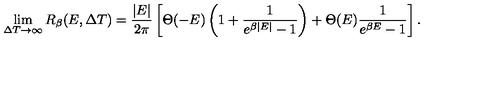
\lim _ { \Delta T \rightarrow \infty } R _ { \beta } ( E , \Delta T ) = \frac { | E | } { 2 \pi } \left[ \Theta ( - E ) \left( 1 + \frac { 1 } { e ^ { \beta | E | } - 1 } \right) + \Theta ( E ) \frac { 1 } { e ^ { \beta E } - 1 } \right] .